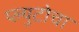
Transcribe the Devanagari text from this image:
प्ल्युटोचा